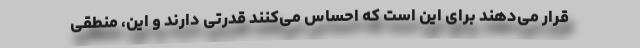
قرار می‌دهند برای این است که احساس می‌کنند قدرتی دارند و این، منطقی